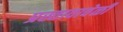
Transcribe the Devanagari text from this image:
प्रस्तावावेळी